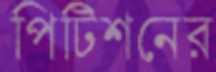
পিটিশনের